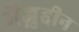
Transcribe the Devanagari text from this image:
मैज़ुद्दीन